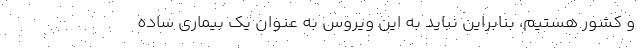
و کشور هستیم، بنابراین نباید به این ویروس به عنوان یک بیماری ساده